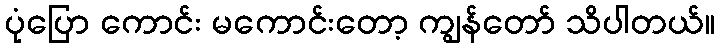
ပုံပြော ကောင်း မကောင်းတော့ ကျွန်တော် သိပါတယ်။